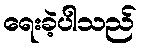
ရေးခဲ့ပါသည်